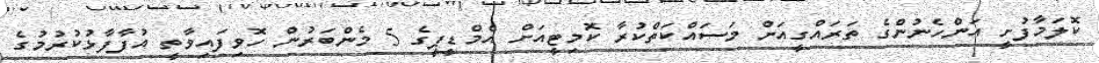
ކޮލަމާފުށީ އަންހެނުންގެ ތަރައްގީއަށް މަސައްކަތްކުރާ ކޮމިޓީއަށް އެމްޑީޕީގެ 5 މެންބަރުން ހޮވިފައިވާތީ އުފާފާޅުކުރުމުގެ